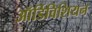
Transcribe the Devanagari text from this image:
ऑर्डिविशियन